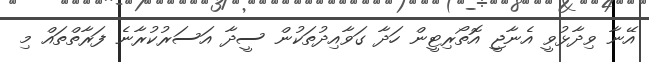
އޭނާ ވިދާޅުވީ އެނާޖީ އޮތޯރިޓީން ހަދާ ގަވާއިދުތަކުން ސީދާ އަސަރުކުރާނެ ފަރާތްތައް މި